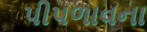
પીપળાવના